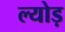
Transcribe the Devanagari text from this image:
ल्योड़